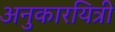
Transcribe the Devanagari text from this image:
अनुकारयित्री